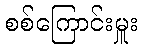
စစ်ကြောင်းမှူး